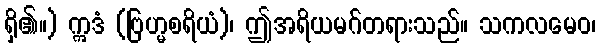
ရှိ၏။) ဣဒံ (ဗြဟ္မစရိယံ)၊ ဤအရိယမဂ်တရားသည်။ သကလမေဝ၊